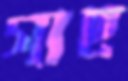
গাছ